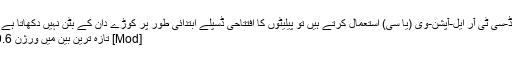
[موڈ] جب آپ کمانڈ-سی ٹی آر ایل-آپشن-وی (یا سی) استعمال کرتے ہیں تو پیلیٹوں کا افتتاحی ڈسپلے ابتدائی طور پر کوڑے دان کے بٹن نہیں دکھاتا ہے جو پریشان کن تھا
[Mod] تازہ ترین بین میں ورژن 2.9.6 بیٹا شامل ہے۔